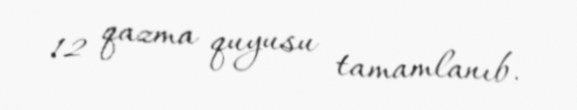
12 qazma quyusu tamamlanıb.